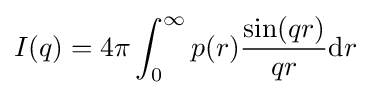
I(q)=4\pi \int _{0}^{\infty }p(r){\frac {\sin(qr)}{qr}}{\text{d}}r